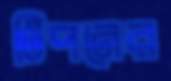
টিপনের